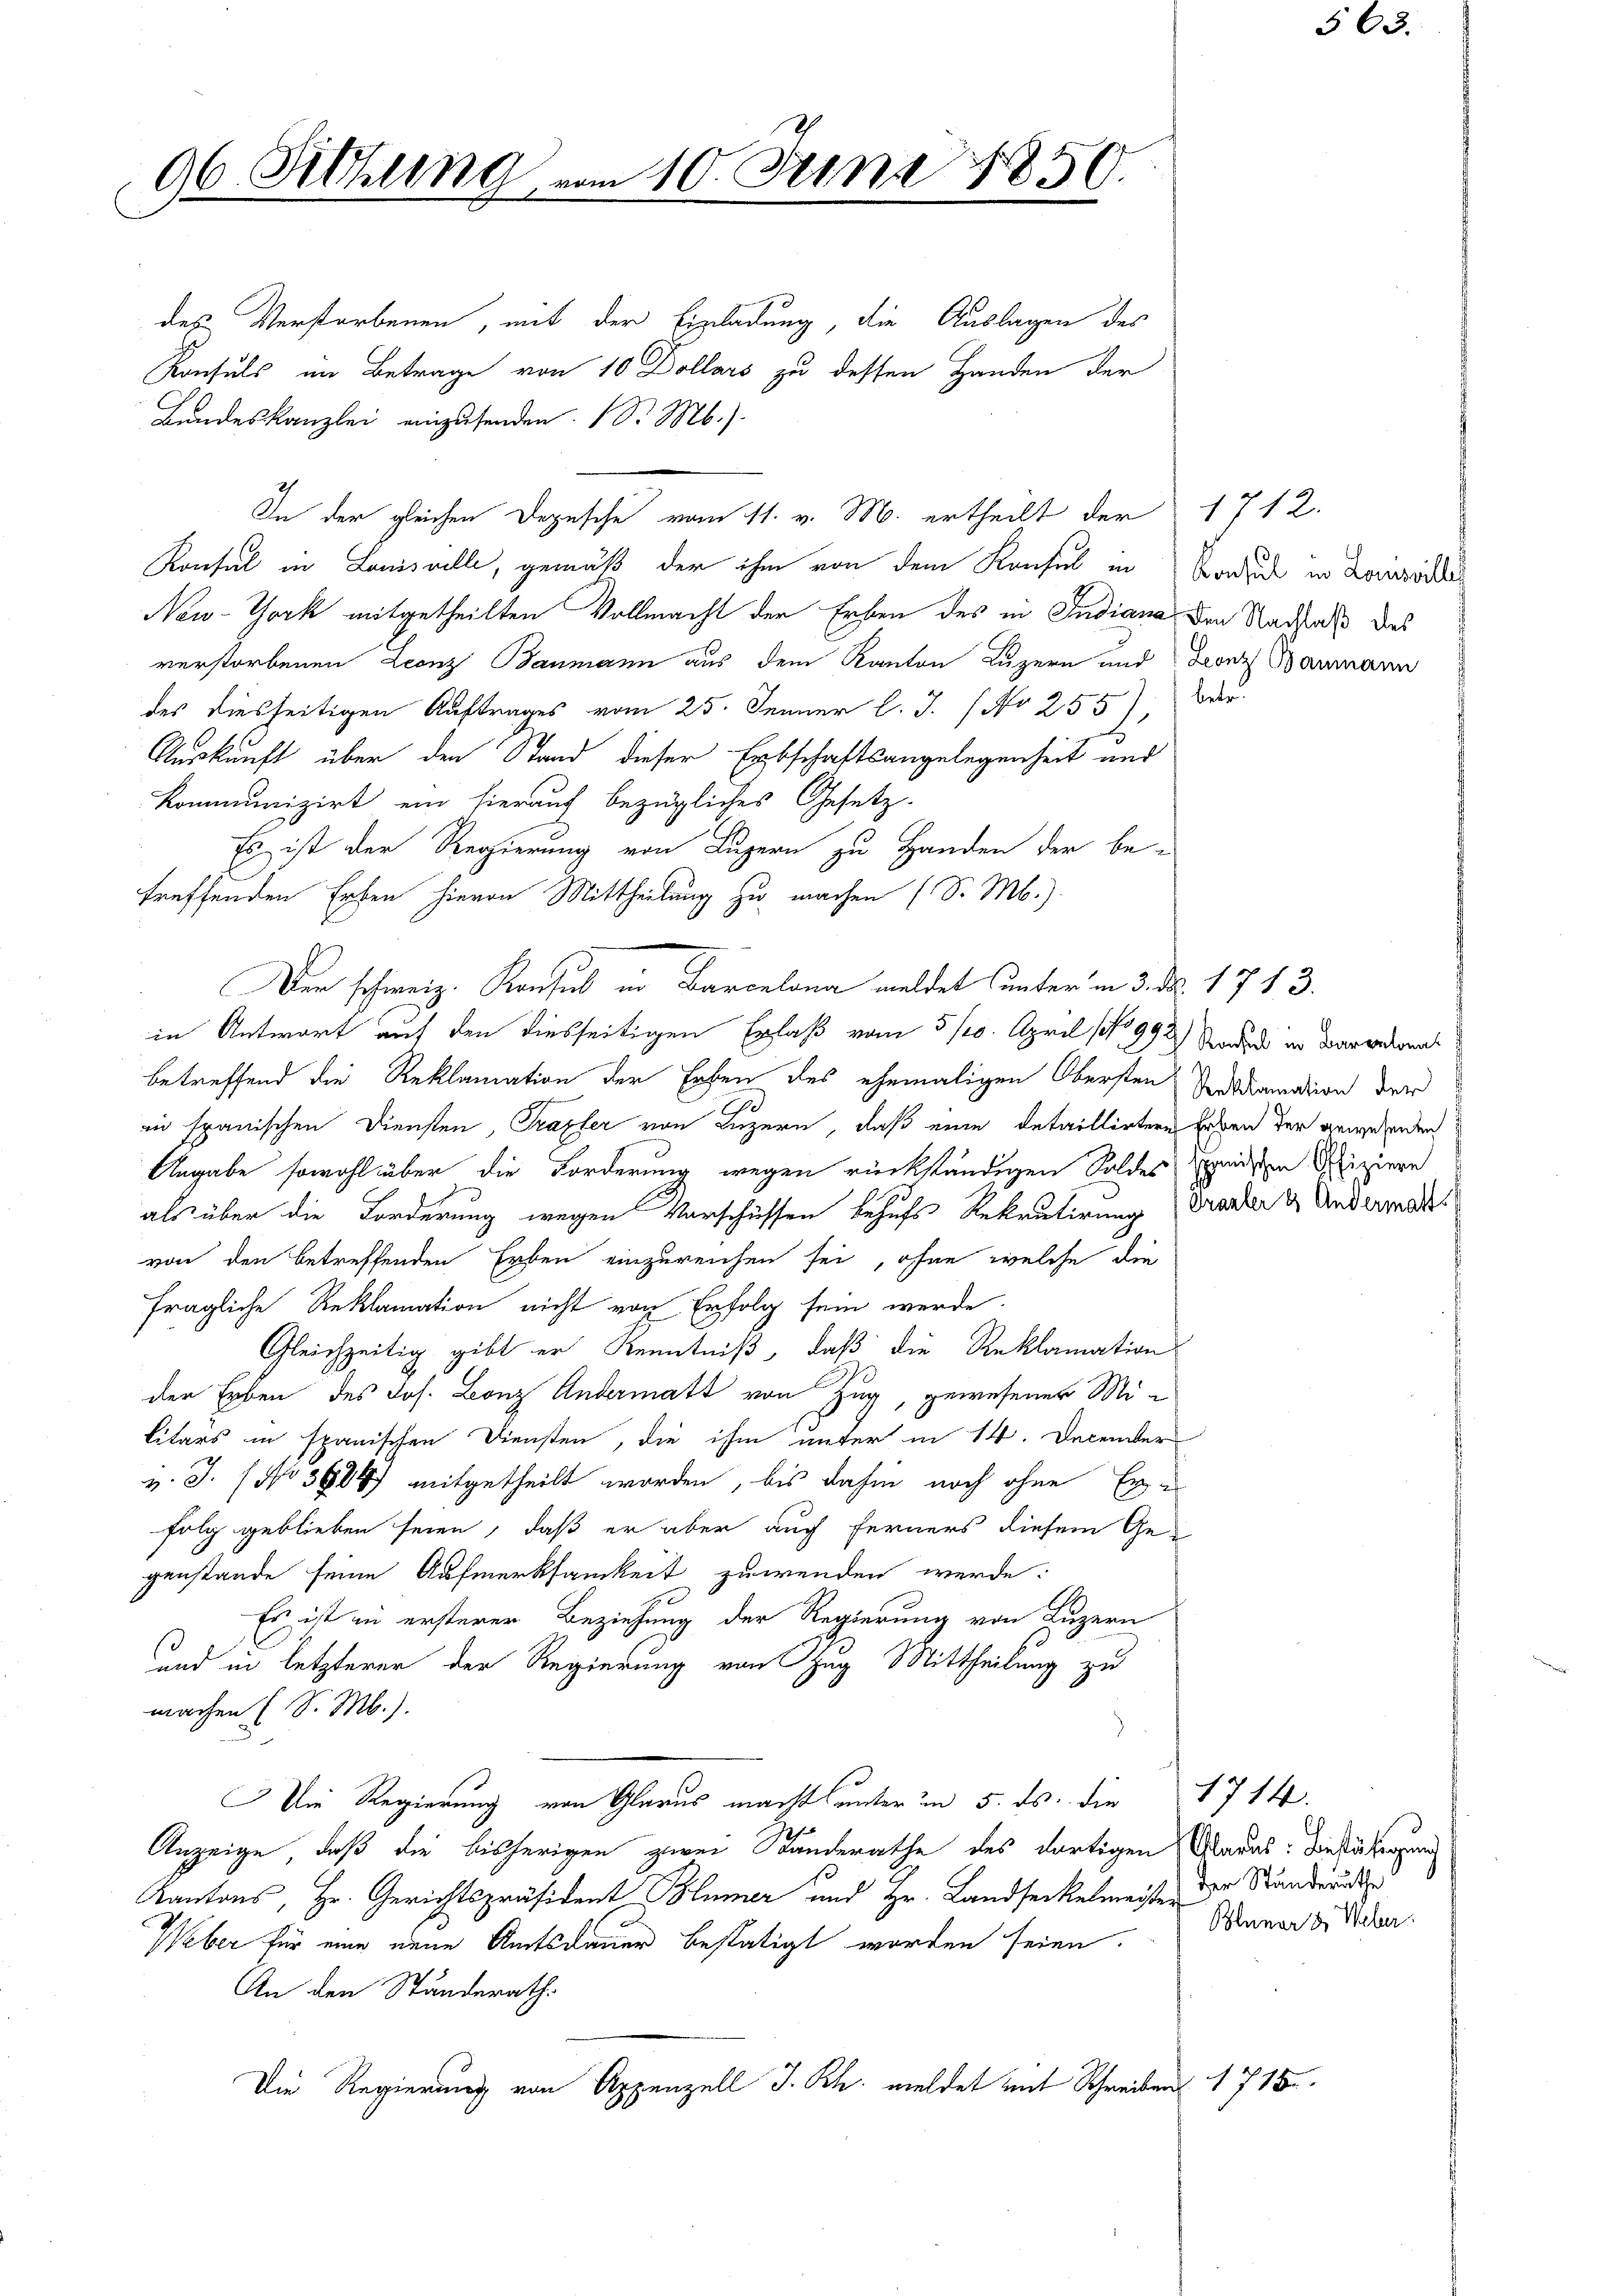
96. Sitzung

10. Jun

850.

des Verstorbenen, mit der Einladung, die Auslagen des
Konsuls im Betrage von 10 Dollars zu dessen Handen der
Landeskanzlei einzusenden. (S. M.)
In der gleichen Depesche vom 11. v. M. ertheilt der
Konsul in Louisville, gemäß der ihm von dem Konsul in Braut in Konsordn
New-York mitgetheilten Vollmacht der Erben des in Indiana den Nachhalt das
verstorbenen Leonz Baumann aus dem Kanton Luzern und Leonz Baumann
des diesseitigen Auftrages vom 25. Jenner l. J. (No 255). Oder
Auskunft über den Stand dieser Erbschaftsangelegenheit und
Kommunizirt ein hierauf bezügliches Gesetz-
Es ist der Regierung von Luzern zu Handen der be-
treffenden Erben hievon Mittheilung zu machen (S. M.)
Der schweiz. Konsul in Barcelona meldet unter in 3. d. 1713.
in Antwort auf den diesseitigen Erlaß vom 5/20. April No 992) Sodan in Darantonal
betreffend die Reklamation der Erben des ehemaligen Obersten Verdamnation der
in spanischen Diensten, Traxler von Luzern, daß eine detaillirtere Erben der anwesenden
Angabe sowohl über die Forderung wegen rückständigen Soldes seiden Defiziere
als über die Forderung wegen Vorschüssen behufs Rekrutirung (Tracter & Andermals
von den betreffenden Erben einzureichen sei, ohne welche die
fragliche Reklamation nicht von Erfolg sein werde.
Gleichzeitig gibt er Kenntniß, daß die Reklamation
der Erben des Jos. Leonz Andermatt von Zug, gewesener Militärs in spanischen Diensten, die ihm unter in 14. Decenter
v. J. No 3884) mitgetheilt worden, bis dahin noch ohne Er-
folg geblieben seien, daß er aber auch ferners diesem Gegenstande seine Aufmerksamkeit zuwenden werde:
Es ist in ersterer Beziehung der Regierung von Luzern
und in letzterer der Regierung von Zug Mittheilung zu
machen (S. M.).
.
Die Regierung von Glarus macht unter um 5. ds. die 1714.
Anzeige, daß die bisherigen zwei Standerathe des dortigen Aaras. Die übergan
Kantons, Hr. Gerichtspräsident Hümer und Hr. Landseckelmeister
Weber für eine neue Amtsdauer bestätigt worden seien.
An den Standerath.
Die Regierung von Appenzell I.Rh. meldet mit Schreiben

1712.

der Ständeräthe
Benner & Weber.

1716

563.